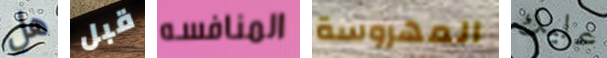
هل قبل المنافسه المهروسة عليك